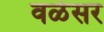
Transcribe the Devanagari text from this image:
वळेसर